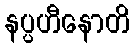
နပ္ပဟီနောတိ